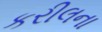
કરીલના